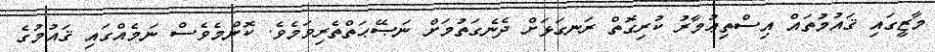
މާޒީގައި ޤައުމުތައް އިސްތިޢުމާރު ކުރިގޮތް ރަނގަޅަށް ދެނެގަތުމަށް ނަޞޭޙަތްތެރިވަމެވެ. ކޮންމެވެސް ނަމެއްގައި ޤައުމުގެ